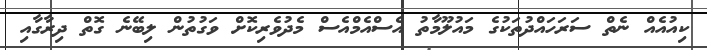
ކިއުއެއް ނެތް ސަރަހައްދުތަކުގެ މައުލޫމާތު އެސްއެމްއެސް މެދުވެރިކޮށް ވަގުތުން ލިބޭނެ ގޮތް ދިރާގާއި